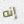
إنه